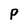
Character: p